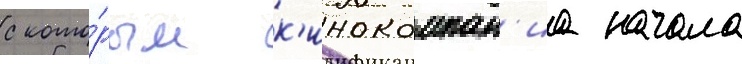
с кото́рым к'инокомпан'иа начала